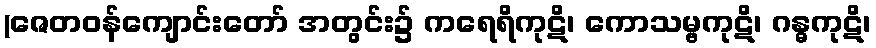
(ဇေတဝန်ကျောင်းတော် အတွင်း၌ ကရေရိကုဋိ၊ ကောသမ္ဗကုဋိ၊ ဂန္ဓကုဋိ၊